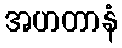
အဟတာနံ